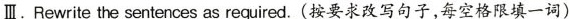
Ⅲ.Rewrite the sentences as required. (按要求改写句子,每空格限填一词)